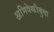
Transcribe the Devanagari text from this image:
अभिषेकीबुवा